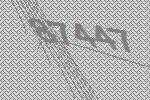
87447